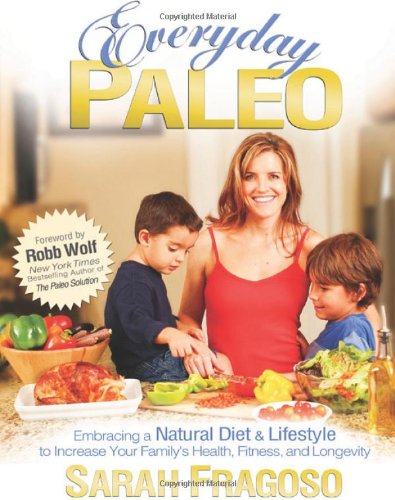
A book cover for Everyday Paleo; Sarah Fragoso; Cookbooks, Food & Wine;